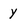
Character: y